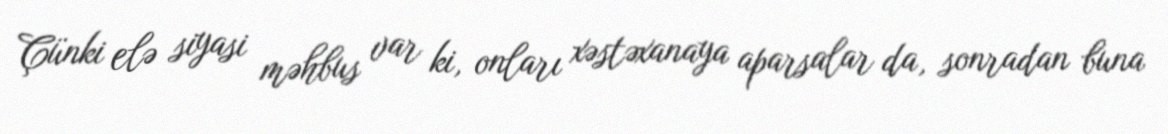
Çünki elə siyasi məhbus var ki, onları xəstəxanaya aparsalar da, sonradan buna